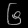
Digit: ၆